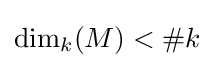
\dim _{k}(M)<\#k